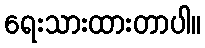
ရေးသားထားတာပါ။